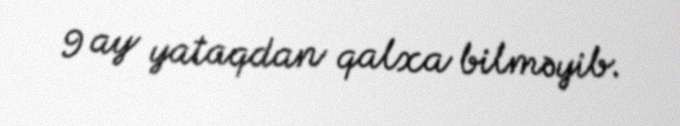
9 ay yataqdan qalxa bilməyib.